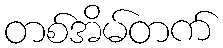
တစ်အိမ်တက်